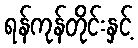
ရန်ကုန်တိုင်းနှင့်